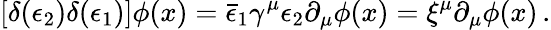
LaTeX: \left[\delta(\epsilon_{2})\delta(\epsilon_{1})\right]\phi(x)=\bar{\epsilon}_{1}\gamma^{\mu}\epsilon_{2}\partial_{\mu}\phi(x)=\xi^{\mu}\partial_{\mu}\phi(x)\, .